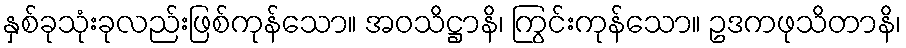
နှစ်ခုသုံးခုလည်းဖြစ်ကုန်သော။ အဝသိဋ္ဌာနိ၊ ကြွင်းကုန်သော။ ဥဒကဖုသိတာနိ၊